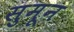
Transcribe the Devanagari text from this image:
सुमून